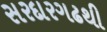
સરદારગઢથી